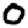
Digit: 0